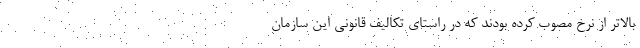
بالاتر از نرخ مصوب کرده بودند که در راستای تکالیف قانونی این سازمان